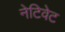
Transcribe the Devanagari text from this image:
नेटिवेट